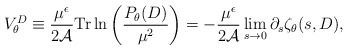
\begin{align*}V^{D}_{\theta}\equiv {\mu^{\epsilon}\over 2{\cal A}} {\rm Tr}\,{\ln} \left({P_{\theta}(D)\over \mu^2}\right) =-{\mu^{\epsilon}\over 2 {\cal A}}\lim_{s\to 0}\partial_{s} \zeta_{\theta}(s,D), \end{align*}